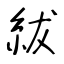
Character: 紱